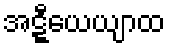
အဋ္ဋီယေယျာထ